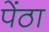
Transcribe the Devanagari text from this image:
पेंठा